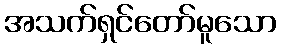
အသက်ရှင်တော်မူသော